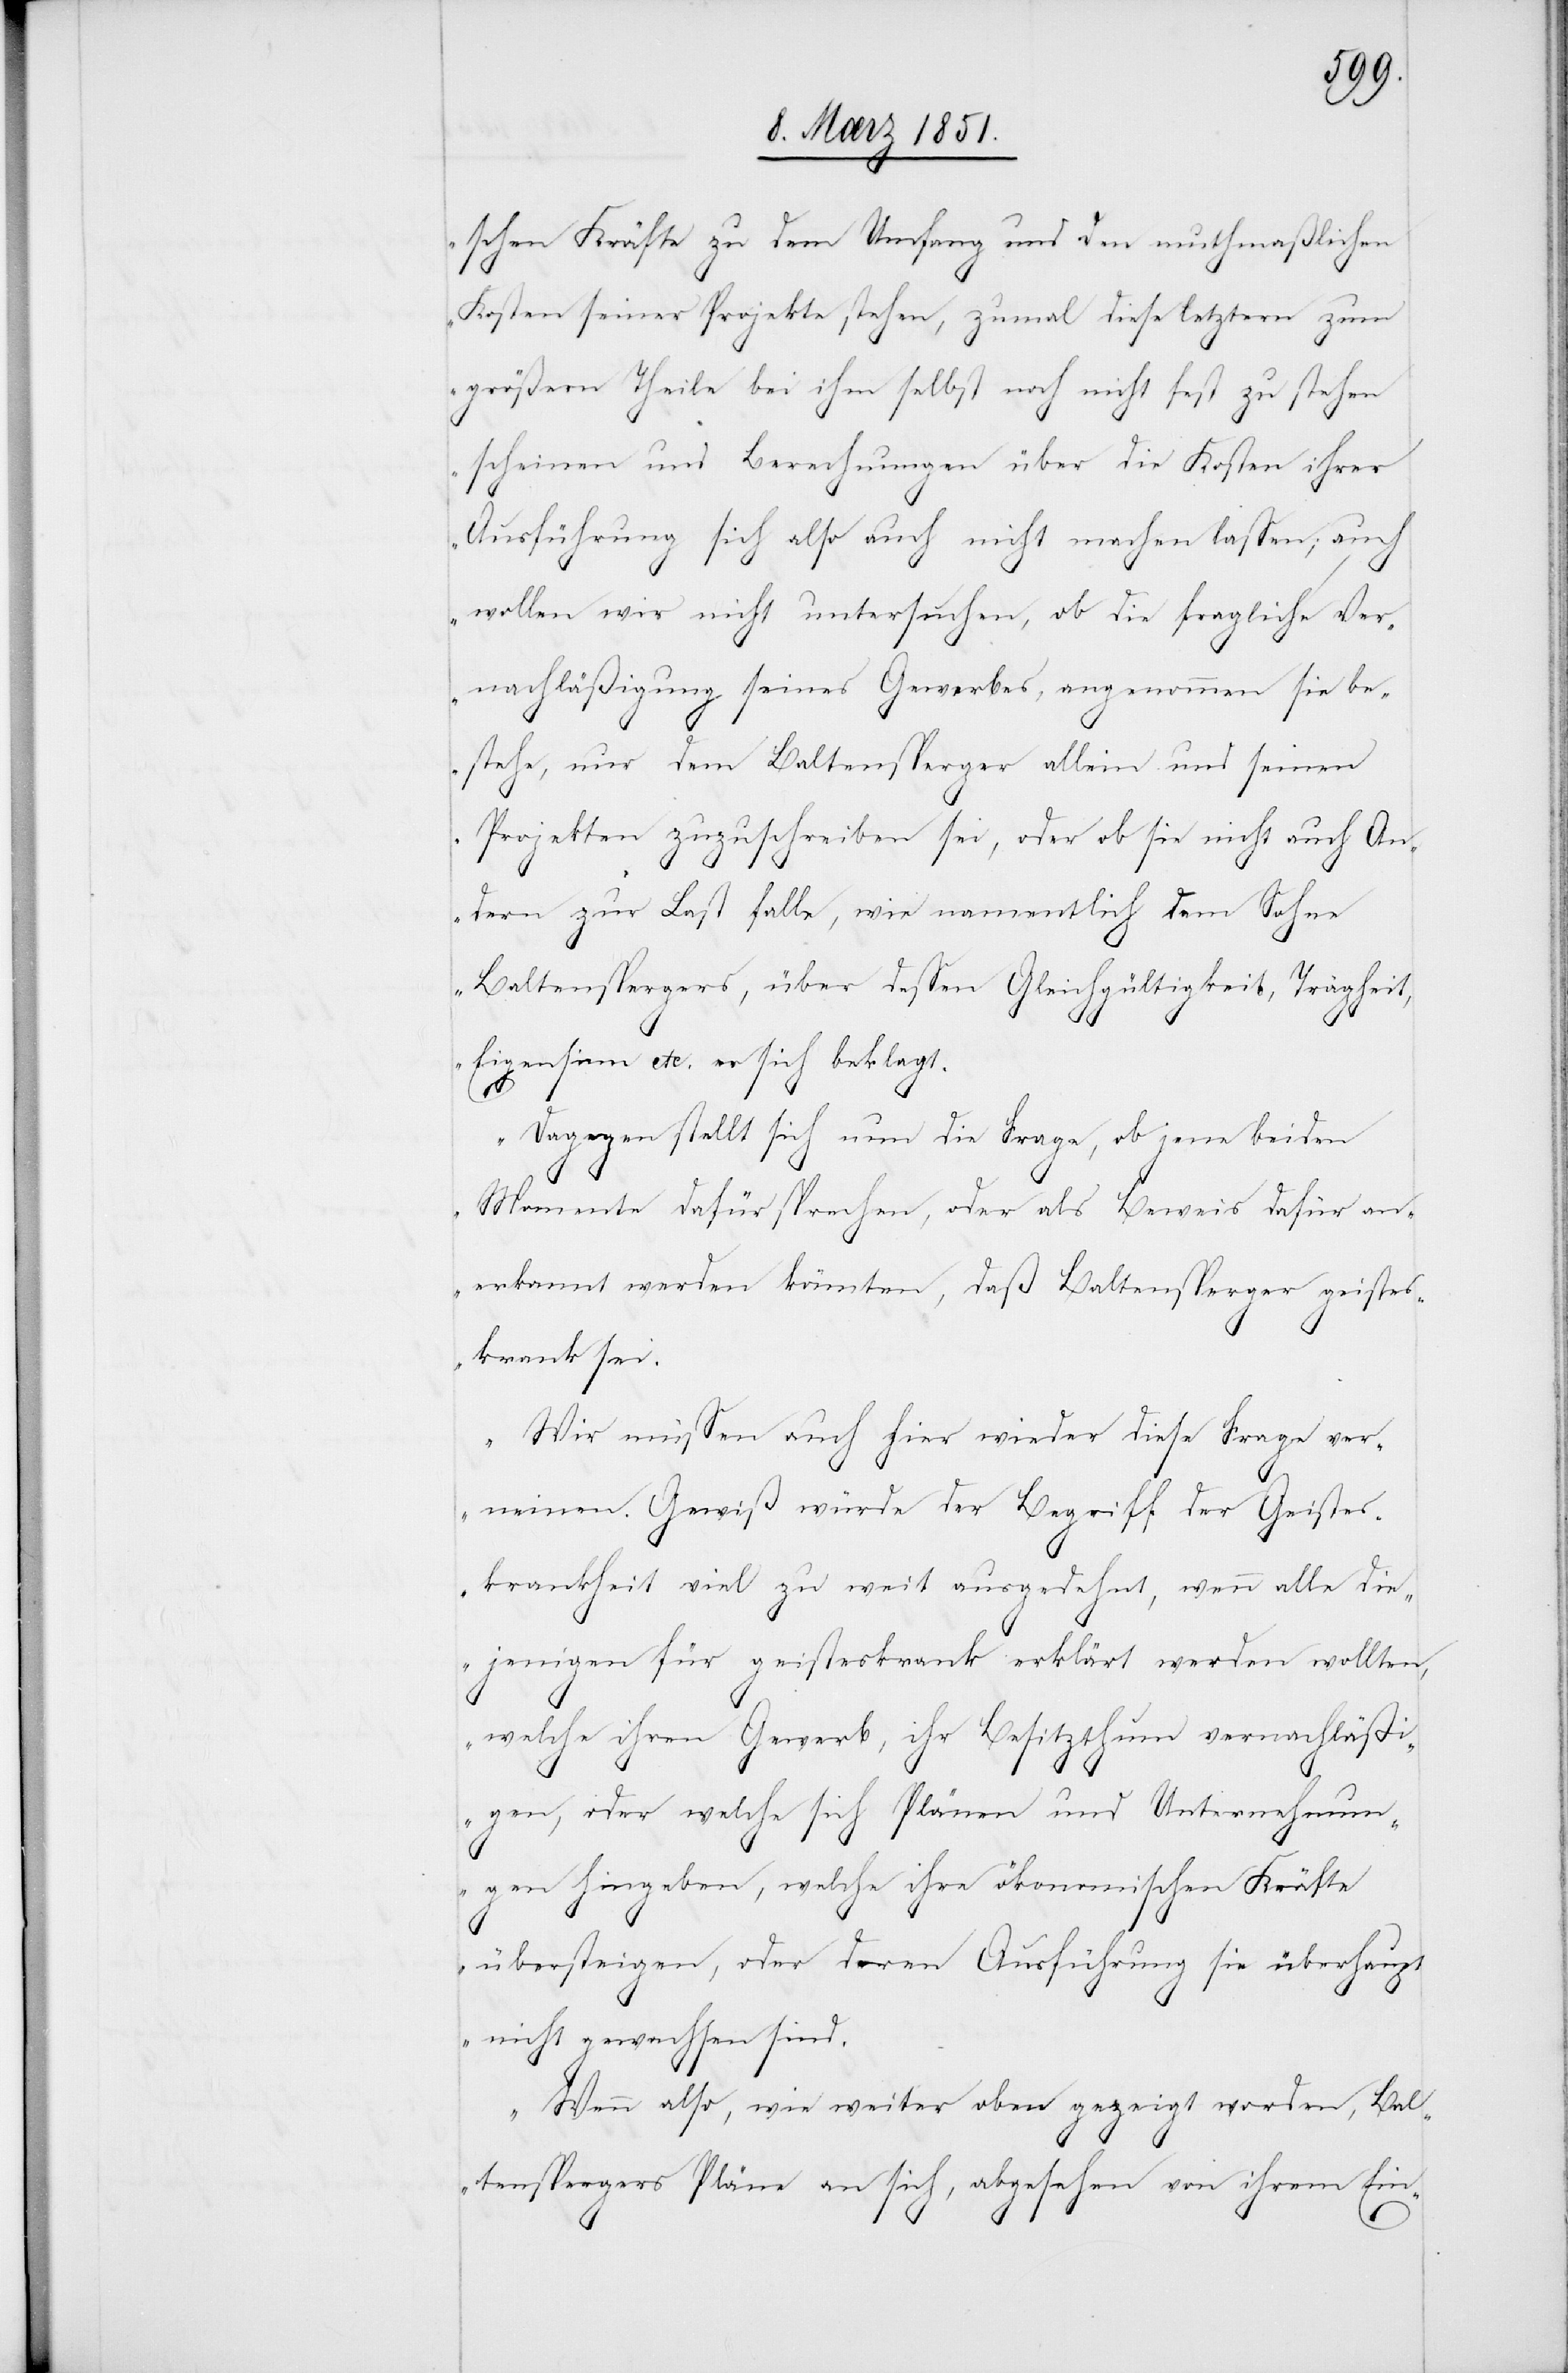
schen Kräfte zu dem Umfang und den muthmaßlichen
Kosten seiner Projekte stehen, zumal diese letztern zum
größern Theile bei ihm selbst noch nicht fest zu stehen
scheinen und Berechnungen über die Kosten ihrer
Ausführung sich also auch nicht machen lassen; auch
wollen wir nicht untersuchen, ob die fragliche Ver¬
nachläßigung seines Gewerbes, angenommen sie be¬
stehe, nur dem Baltensperger allein und seinen
Projekten zuzuschreiben sei, oder ob sie nicht auch An¬
dern zur Last falle, wie namentlich dem Sohne
Baltenspergers, über dessen Gleichgültigkeit, Trägheit,
Eigensinn etc. er sich beklagt.
Dagegen stellt sich nun die Frage, ob jene beiden
Momente dafür sprechen, oder als Beweis dafür an¬
erkannt werden könnten, daß Baltensperger geistes¬
krank sei.
Wir müssen auch hier wieder diese Frage ver¬
neinen. Gewiß würde der Begriff der Geistes¬
krankheit viel zu weit ausgedehnt, wenn alle die¬
jenigen für geisteskrank erklärt werden wollten,
welche ihren Gewerb, ihr Besitzthum vernachläßi¬
gen, oder welche sich Plänen und Unternehmun¬
gen hingeben, welche ihre ökonomischen Kräfte
übersteigen, oder deren Ausführung sie überhaupt
nicht gewachsen sind.
Wenn also, wie weiter oben gezeigt worden, Bal¬
tenspergers Pläne an sich, abgesehen von ihrem Ein-